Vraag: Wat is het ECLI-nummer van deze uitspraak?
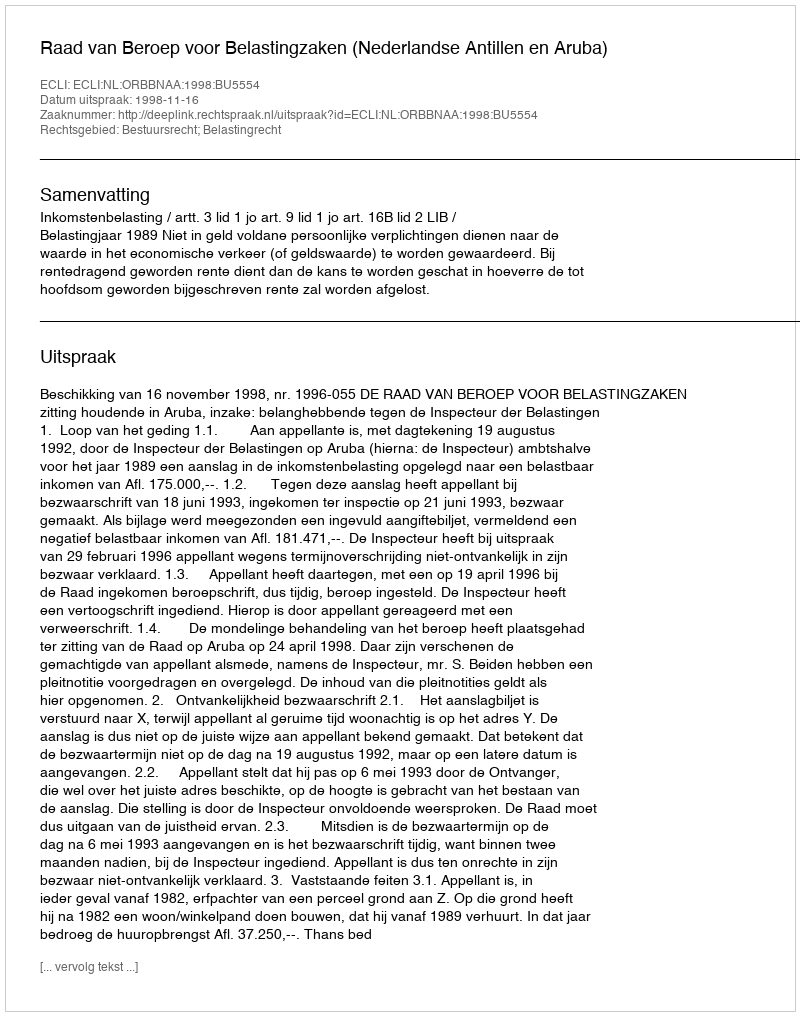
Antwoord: ECLI:NL:ORBBNAA:1998:BU5554